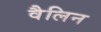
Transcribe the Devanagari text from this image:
वैलिन